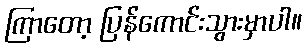
ကြာတော့ ပြန်ကောင်းသွားမှာပါ။